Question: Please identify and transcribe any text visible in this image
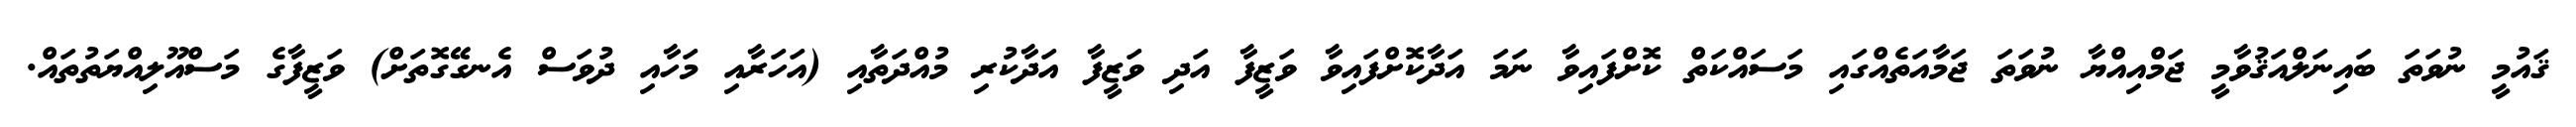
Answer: ޤައުމީ ނުވަތަ ބައިނަލްއަޤުވާމީ ޖަމްއިއްޔާ ނުވަތަ ޖަމާއަތެއްގައި މަސައްކަތް ކޮށްފައިވާ ނަމަ އަދާކޮށްފައިވާ ވަޒީފާ އަދި ވަޒީފާ އަދާކުރި މުއްދަތާއި (އަހަރާއި މަހާއި ދުވަސް އެނގޭގޮތަށް) ވަޒީފާގެ މަސްއޫލިއްޔަތުތައް.